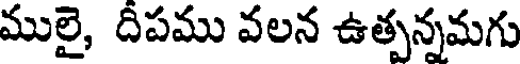
ములై, దీపము వలన ఉత్పన్నమగు